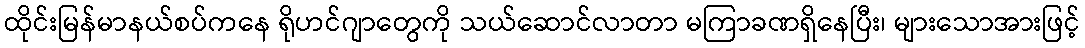
ထိုင်းမြန်မာနယ်စပ်ကနေ ရိုဟင်ဂျာတွေကို သယ်ဆောင်လာတာ မကြာခဏရှိနေပြီး၊ များသောအားဖြင့်